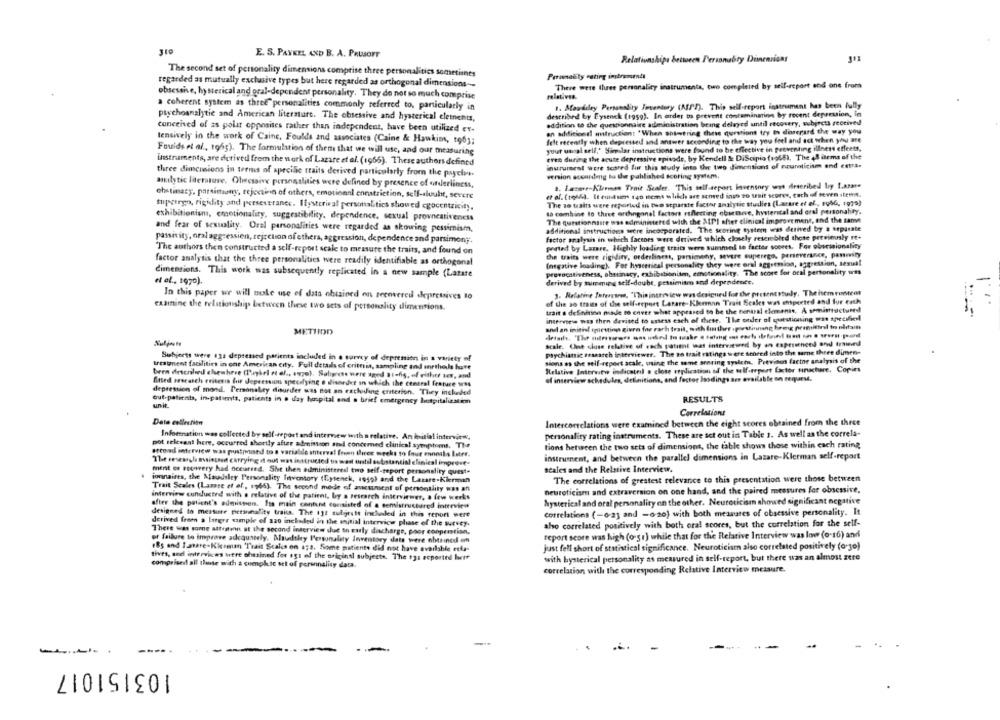
310
E. S. PAYKEL AND B. A. PRUSOFT
Relationships between Personality Dinenrians
The second set of personality dimensions comprise three personalitics sometiines
Porunelity rating instrinundi
regarded as mutually exclusive types but here regarded as orthogonal dimensions ---
There were three personality instrumenta, two completed by self-report and one from
obsessie, hysterical and oral-dependent personality. They do not so much comprise
relatives.
a coherent system as three" personalities commonly referred to, particularly in
1. Mowdaley Personality Juventory (A/h). This self-report instrument has been fully
described by Eysenck (1959). In order to prevent contamination by recent depression, in
psychoanalytic and American literature. The obsessive and hysterical elements,
addition to the questionnaire administration being delayed until recovery, subjects received
conceived of as polar opposites rather than independent, have been utilized er-
an additional autructiont "When Showering these questions try to diregard the way you
lensively in the work of Caine, Foulds and associates (Caine & Hawkins, to63;
felt recently when depressed and answer according to the way you feel and act when you are
Fouids et al ., 1963). The formulation of them that we will use, and our measuring
your usual sell,' Similar instructions were found to be effective in preventing illness effects,
eren during the acute depressive episode, by Kendell Se DiScipio (1968), The 48 items of the
instruments, are derived from the work of Lazare et al. (1966). These authers defined
inurument were scared for this Mudy into the two dimensions of neuroticism end estra.
three dimensions in terms of specific traits derived particularly from the psycis-
version according to the published scoring system.
analytic literature. Obsessive personalities were defined by presence of orderliness,
a. Lacare-Kleinen Trait Scaler. "This self-seport Inventory was described by tasare
chstimacy, parsimony, rejection of others, emotional ennstriction, self-sluult, severe
et al. (tolda. It cui sers 140 items « hide are soned inso 20 trait scores, cach of seven stems.
The to waits were reported in two separate factor analytic studies (Lazare et ef, rob6, 1975)
tupsirgo, rigidity and perseverance. Ilysterival personalities showed cgocentricity.
to combine to three orthogonal factors reflecting obsenere, hysterical and oral personabry.
exhibitionism, emotionality, suggestibility, dependence. sexual provnestiveness
The questionnaire was administered with the API after clinical improve ment, and the sanve
and fear of sexuality. Oral personalities were regarded as skowing pessimism.
additional instructions secre incorporated. The scoring system was derived by a separate
factor analysis in which factors were derived which closely resembled those previously rt.
passivity, oral aggression, rejection of others, aggression, dependence and parsimony.
ported by Lazare, Highly loading traits wers summed to factor scores. For obormionality
The authors then constructed a self-report scale to measure the traits, and found on
the traits were rigidity, orderliness, parimany, svare superego, perseverance, panmity
factor analysis that the three personalities were readily identifiable as orthogonal
(negative loading). For hysterical personality they were oral aggression, aggression, sexual
dimensions. This work was subsequently replicated in a new sample (Latate
provocativeness, obstinacy, exhibitionism, emotionality. The score for oral personality was
« al ., 1970).
.1.
derived by timening self-doubt, pessimism and dependence.
In this paper we will sole use of data obtained on recovered depressives to
3. Relative Isferrare, "Thinintreview was designed for the present study. The isem ronem
of the so traits of the self-report Latare-Kleeman Trait Scales was empected and for each
examine the relationship between these two sets of personality dimensions.
trait s deShition nine to cover what appeared to be the central elements, A semistructured
interview was then devised to assess each of these. The order of questioning was specified
METHOD
and an initial egliesting giuro for rach trail, with finder .postinning breng premitirol in nadfaith
scale. Une cluse relative of euch patient was interviewed by an experienced and trained
psychianic sessatch interviewer. The no trait ratings were scored into the same three dimen-
Subjects were 12: depressed patients included in a survey of depression in a variety of
sions as the self-report acake, using the same aroring system. Previous factne analysis of the
urcatent facilities in one American city. Full details of criteria, sampling and methods hart
Relative Interwitwe indicateil . close replication of the self-repent factor sinchare. Copins
bren descrilied elsewhere (Pughel et al ., supe), Salprese were aged 31ofis, of either 10, and
of interview schedules, definitions, and fector Iasdings are available on request.
fitted seorasch criteria (ir Jepressin specifying o disorder In which the central feature was
depression of mond. Personality disorder was not an excluiling criterion. They included
but-patients, in patients, patients in a day hospital and a brief emergency hospitalisation
unit
RESULTS
Correlations
Data collection
Intercorrelations were examined between the eight scores obtained from the three
Information was collected by self-report and interview with a relative. An levitlal interview,
personality rating instruments. These are set out in Table 1. As well as the correla-
pot relevant here, occurred shortly after admission sted concrmed clinical symptoms. The
tions between the two sets of dimensions, the table shows those within each rating
ertond interview was postponed to a variable interval freen Direc weeks to four enonils Latrr.
instrument, and between the parallel dimensions in Lazare-Klerman self-report
The resesigla asistasdt carrying of out was instructed in wast until substantial clinical imprert-
ment of sooovery had occurred. She then administered two self-report personality quest-
scales and the Relative Interview.
jornaires, the Maudsley Personality Inventory (Eysenck, 1959) and the Lazare-Kierman
The correlations of greatest relevance to this presentation were those between
Trait Scales (Laste ef of ., 1965). The second mode of aucunsent of personality was an
neuroticism and extraversion on one hand, and the paired measures for obsessive.
interview conducted with a relative of the patient, by a research interviewer, a few weeks
hysterical and oral personality on the other. Neuroticisin showed significant negative
after the patient's admission. Its main content consisted of a semistructured interview
correlations (-6-23 and -6-20) with both measures of obsessive personality. It
designed to measure personality traits. The 11t sulijects incluiled in this report were
derived from a larger sample of 220 included in the initial interview phase of the survey.
aho correlated positively with both oral scores, but the correlation for the self-
There was some attesten at the second interview due to early discharge, poor cooperation.
or failure to improve adcountely. Alsudsky Personality Inventory dats were obtained em
report score was high (o-gr) while that for the Relative Interview was low (0-16) and
eBs and Iamare-Kieman Trait Scales on 1;8. Some patients did not have available etla-
just fell short of statistical significance. Neuroticism also correlated positively (0-30)
tives, and interviews were chesined for sgs of the original subjects. The $1 ecported bire
with hysterical personality as measured in self-report, but there was an almost zere
comprised! all those with a cumplesc set of porannalisy data.
correlation with the corresponding Relative Interview measure.
-
103151017